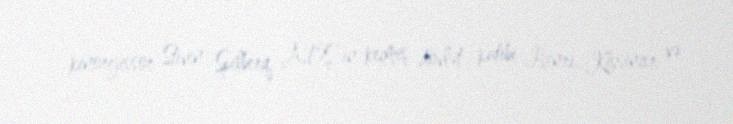
kinorejissor Stiven Spilberq, ABŞ-ın keçmiş dövlət katibi Henri Kissincer və